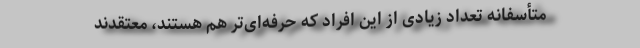
متأسفانه تعداد زیادی از این افراد که حرفه‌ای‌تر هم هستند، معتقدند